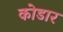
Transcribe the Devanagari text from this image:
कोडार